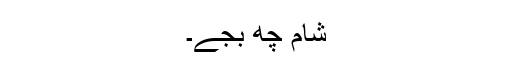
شام چھ بجے۔